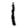
Digit: 1